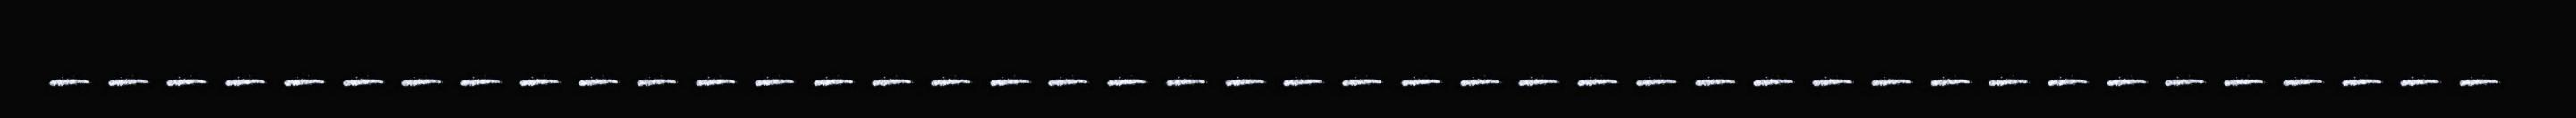
‐‐‐‐‐‐‐‐‐‐‐‐‐‐‐‐‐‐‐‐‐‐‐‐‐‐‐‐‐‐‐‐‐‐‐‐‐‐‐‐‐‐